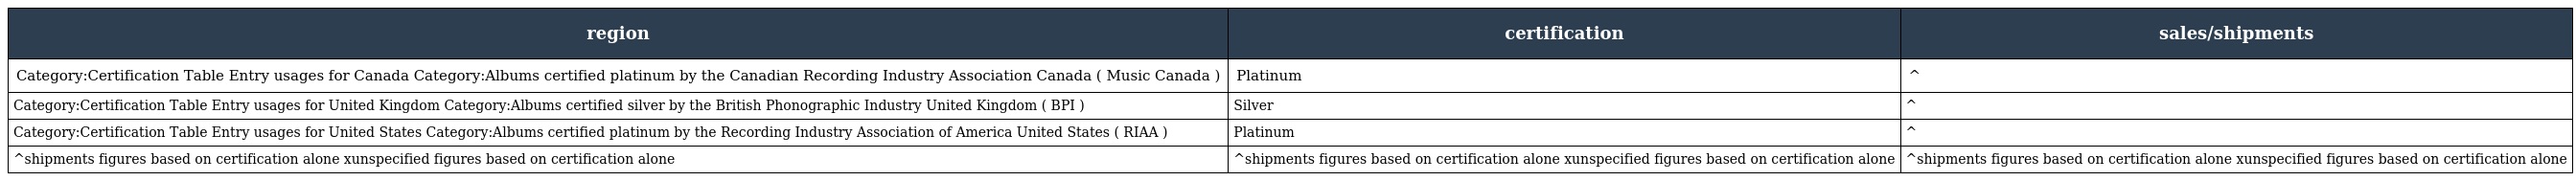
| region | certification | sales/shipments |
 | --- | --- | --- |
 | Category:Certification Table Entry usages for Canada Category:Albums certified platinum by the Canadian Recording Industry Association Canada ( Music Canada ) | Platinum | ^ |
 | Category:Certification Table Entry usages for United Kingdom Category:Albums certified silver by the British Phonographic Industry United Kingdom ( BPI ) | Silver | ^ |
 | Category:Certification Table Entry usages for United States Category:Albums certified platinum by the Recording Industry Association of America United States ( RIAA ) | Platinum | ^ |
 | ^shipments figures based on certification alone xunspecified figures based on certification alone | ^shipments figures based on certification alone xunspecified figures based on certification alone | ^shipments figures based on certification alone xunspecified figures based on certification alone |